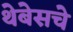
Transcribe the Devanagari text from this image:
थेबेसचे